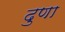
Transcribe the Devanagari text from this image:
दुणा